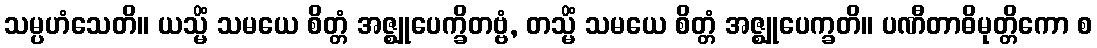
သမ္ပဟံသေတိ။ ယသ္မိံ သမယေ စိတ္တံ အဇ္ဈုပေက္ခိတဗ္ဗံ, တသ္မိံ သမယေ စိတ္တံ အဇ္ဈုပေက္ခတိ။ ပဏီတာဓိမုတ္တိကော စ